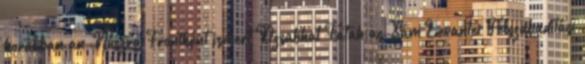
korábban an-Núszra Frontként ismert Dzsabhat Fatah as-Sám Levantei Felszabadítási